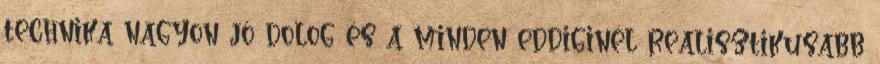
technika nagyon jó dolog és a minden eddiginél realisztikusabb